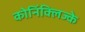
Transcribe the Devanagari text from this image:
कोनिंक्लिज्के